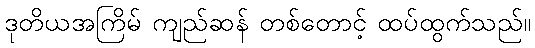
ဒုတိယအကြိမ် ကျည်ဆန် တစ်တောင့် ထပ်ထွက်သည်။